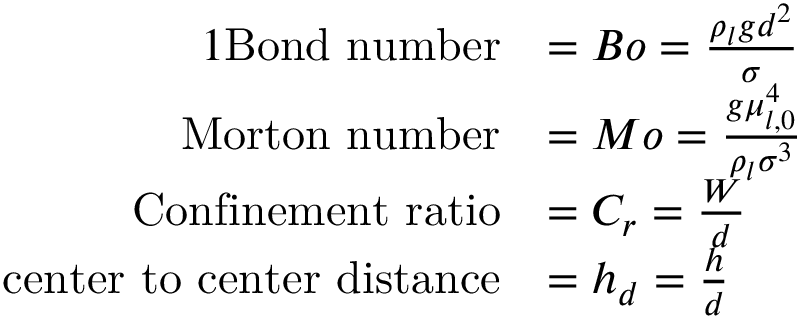
\begin{array} { r l } { { 1 } \mathrm { B o n d ~ n u m b e r } } & { = B o = \frac { \rho _ { l } g d ^ { 2 } } { \sigma } } \\ { \mathrm { M o r t o n ~ n u m b e r } } & { = M o = \frac { g \mu _ { l , 0 } ^ { 4 } } { \rho _ { l } \sigma ^ { 3 } } } \\ { \mathrm { C o n f i n e m e n t ~ r a t i o } } & { = C _ { r } = \frac { W } { d } } \\ { \mathrm { c e n t e r ~ t o ~ c e n t e r ~ d i s t a n c e } } & { = h _ { d } = \frac { h } { d } } \end{array}